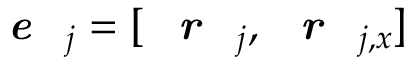
\textbf { \textit { e } } _ { j } = [ \textbf { \textit { r } } _ { j } , \textbf { \textit { r } } _ { j , x } ]